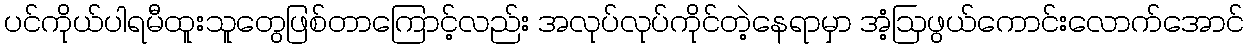
ပင်ကိုယ်ပါရမီထူးသူတွေဖြစ်တာကြောင့်လည်း အလုပ်လုပ်ကိုင်တဲ့နေရာမှာ အံ့ဩဖွယ်ကောင်းလောက်အောင်